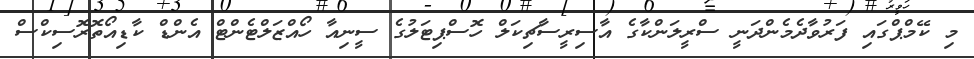
މި ކޭމްޕްގައި ފަރުވާދެމެންދަނީ ސްރީލަންކާގެ އާސިރީސާޗިކަލް ހޮސްޕިޓަލުގެ ސީނިއާ ހޯއްޒަލްޓެންޓް އެންޑް ކާޑިއޯތޮރޮސިކްސް